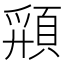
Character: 𩓚